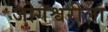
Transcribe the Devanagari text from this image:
जोगेश्वरीला